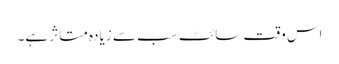
اس وقت سائٹ سب سے زیادہ متاثر ہے۔